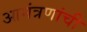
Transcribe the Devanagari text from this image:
आमंत्रणांची